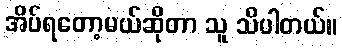
အိပ်ရတော့မယ်ဆိုတာ သူ သိပါတယ်။